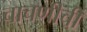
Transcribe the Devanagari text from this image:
चाचणीची